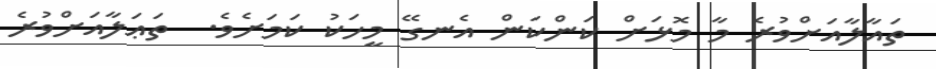
ތައާލާއަށްވުރެ މާ މޮޅަށް ކަންކަން އެނގޭ މީހަކު ކަމަށެވެ.  ތަޢަލާއަށްވުރެ